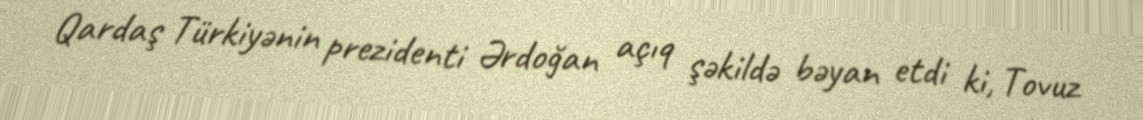
Qardaş Türkiyənin prezidenti Ərdoğan açıq şəkildə bəyan etdi ki, Tovuz